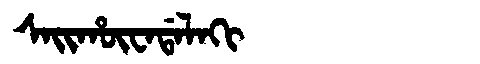
Manchu: ᠰᠠᡳᡥᡡᠸᠠᡩᠠᠯᠠᡴᡳ
Romanization: SAIHŪWADALAKI